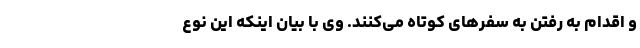
و اقدام به رفتن به سفرهای کوتاه می‌کنند. وی با بیان اینکه این نوع